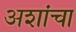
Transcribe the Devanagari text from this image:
अशांचा